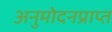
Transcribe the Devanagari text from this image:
अनुमोदनप्राप्त